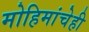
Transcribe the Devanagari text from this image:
मोहिमांचेही